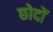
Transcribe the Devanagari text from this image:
छोदों